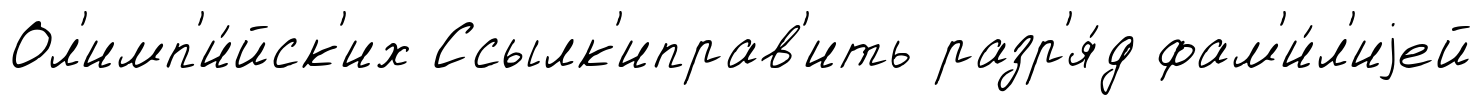
Ол'имп'и́йск'их Ссылк'иправ'ить разр'я́д фам'и́л'иjей